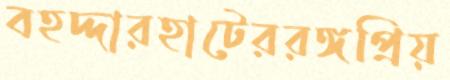
বহদ্দারহাটেররঙ্গপ্রিয়